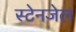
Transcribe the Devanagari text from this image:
स्टेनजेल